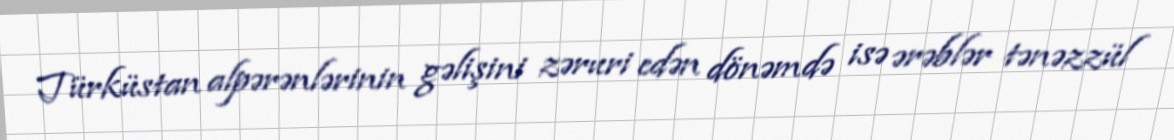
Türküstan alpərənlərinin gəlişini zəruri edən dönəmdə isə ərəblər tənəzzül